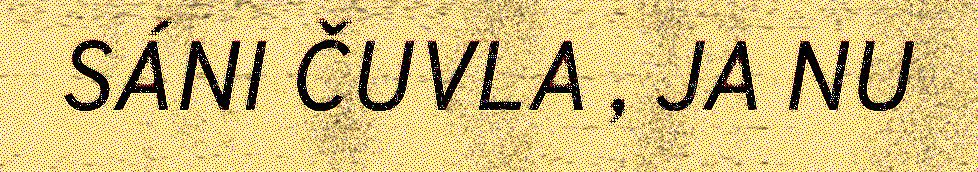
SÁNI ČUVLA , JA NU